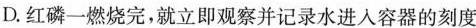
D.红磷一燃烧完，就立即观察并记录水进入容器的刻度